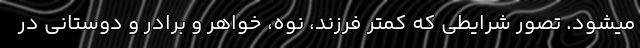
میشود. تصور شرایطی که کمتر فرزند، نوه، خواهر و برادر و دوستانی در